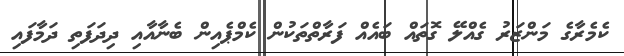
ކެމެރާގެ މަންޒަރު ގެއްލޭ ގޮތައް ބައެއް ފަރާތްތަކުން ކެމްޕެއިން ބެނާއާއި ދިދަފަތި ދަމާފައި